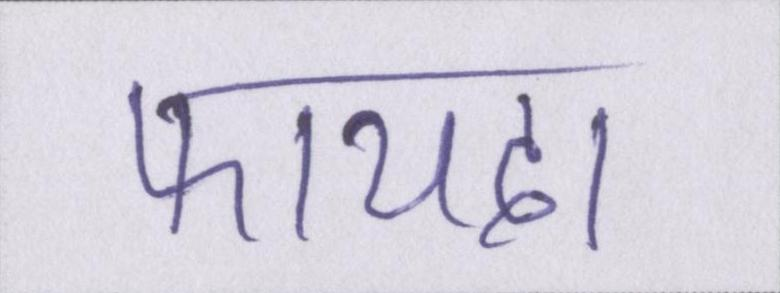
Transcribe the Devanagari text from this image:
फायदा